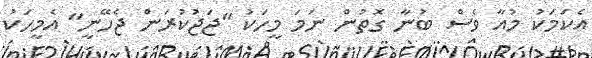
އެކަމަކު މުއާ ވެސް ބުނާ ގޮތުން ނަމަ މީހަކު "ޖަޖުކުރަން ޖެހޭނީ" އެމީހަކު